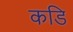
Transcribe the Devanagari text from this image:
कडि